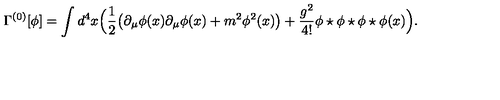
\Gamma ^ { ( 0 ) } [ \phi ] = \int d ^ { 4 } x \Big ( \frac 1 2 \big ( \partial _ { \mu } \phi ( x ) \partial _ { \mu } \phi ( x ) + m ^ { 2 } \phi ^ { 2 } ( x ) \big ) + \frac { g ^ { 2 } } { 4 ! } \phi \star \phi \star \phi \star \phi ( x ) \Big ) .